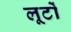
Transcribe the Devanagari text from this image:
लूटों